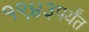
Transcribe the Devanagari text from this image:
१९४३पर्यंत